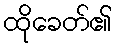
ထိုခေတ်၏